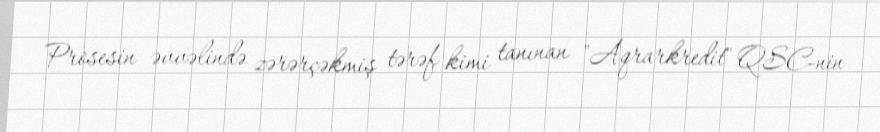
Prosesin əvvəlində zərərçəkmiş tərəf kimi tanınan "Aqrarkredit" QSC-nin